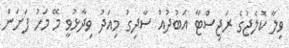
ވިލާ ކޮލެޖުގެ ރަޖިސްޓާ އަބުދުއް ސާދިގު މިއަދު ވިދާޅުވީ މޭ މަހު ފަށަން